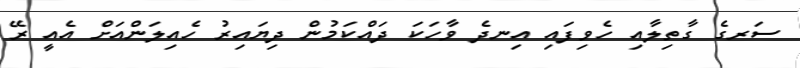
ސަރގެ ގާތިލާއި ހެވިފައި އިނދެ ވާހަކަ ދައްކަމުން ދިޔައިރު ހެއިލަންއަށް އެއީ ރޭ